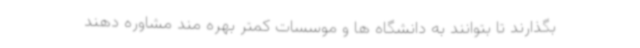
بگذارند تا بتوانند به دانشگاه ها و موسسات کمتر بهره مند مشاوره دهند